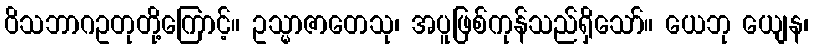
ဝိသဘာဂဥတုတို့ကြောင့်။ ဥသ္မာဇာတေသု၊ အပူဖြစ်ကုန်သည်ရှိသော်။ ယေဘု ယျေန၊